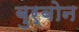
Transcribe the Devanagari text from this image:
बुर्बोन